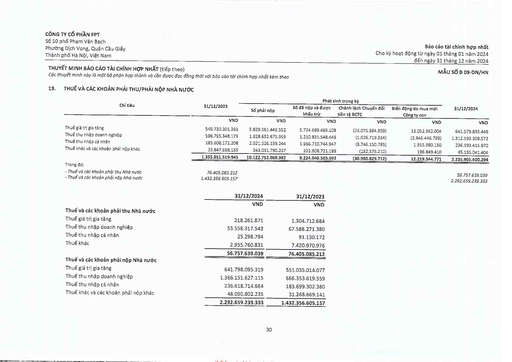
||||Phát sinh|trong kỳ||| |---|---|---|---|---|---|---| |Chi tiêu|31/12/2023|Số phải nộp|Số đã nộp và được khấu trừ|Chênh lệch Chuyển đổi tiền tệ BCTC|Biến động do mua mới Công ty con|31/12/2024| ||VND|VND|VND|VND|VND|VND| |Thuế giá trị gia tăng|549.730.301.393|5.829.561.443.552|5.724.689.489.108|(26.075.384.393)|13.052.962.004|641.579.833.448| |Thuế thu nhập doanh nghiệp|598.765.348.179|1.928.632.675.959|1.210.831.548.449|(1.026.719.324)|(2.946.446.793)|1.312.593.309.572| |Thuế thu nhập cá nhân|183.608.172.208|2.021.526.159.244|1.966.710.744.947|(3.746.150.785)|1.915.980.150|236.593.415.870| |Thuế khác và các khoản phải nộp khác|23.847.698.165|343.031.790.227|321.808.721.188|(132.575.210)|196.849.410|45.135.041.404| ||1.355.951.519.945|10.122.752.068.982|9.224.040.503.692|(30.980.829.712)|12.219.344.771|2.235.901.600.294| |Trong đó:||||||| |Thuế và các khoản phải thu Nhà nước|76.405.085.212|||||56.757.639.039| |- Thuế và các khoản phải nộp Nhà nước|1.432.356.605.157|||||2.292.659.239.333| ||31/12/2024|31/12/2023| |---|---|---| ||VND|VND| |Thuế và các khoản phải thu Nhà nước||| |Thuế giá trị gia tăng|218.261.871|1.304.712.684| |Thuế thu nhập doanh nghiệp|53.558.317.543|67.588.271.380| |Thuế thu nhập cá nhân|25.298.794|91.130.172| |Thuế khác|2.955.760.831|7.420.970.976| ||56.757.639.039|76.405.085.212| |Thuế và các khoản phải nộp Nhà nước||| |Thuế giá trị gia tăng|641.798.095.319|551.035.014.077| |Thuế thu nhập doanh nghiệp|1.366.151.627.115|666.353.619.559| |Thuế thu nhập cá nhân|236.618.714.664|183.699.302.380| |Thuế khác và các khoản phải nộp khác|48.090.802.235|31.268.669.141| ||2.292.659.239.333|1.432.356.605.157|